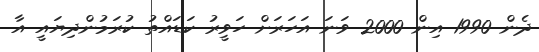
ދެން 1990 އިން 2000 ވަނަ އަހަރަށް ހަވީރު ކަޑައްތު ކުރަމުންދިޔައީ އާ